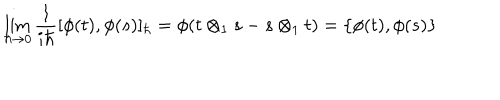
\lim _ { \hbar \to 0 } \frac { 1 } { i \hbar } [ \phi ( t ) , \phi ( s ) ] _ { \hbar } = \phi ( t \otimes _ { 1 } s - s \otimes _ { 1 } t ) = \{ \phi ( t ) , \phi ( s ) \}